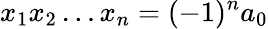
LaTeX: x_{1}x_{2}\ldots x_{n}=(-1)^{n}a_{0}